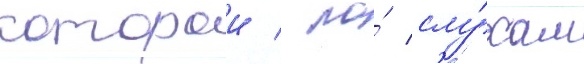
которои / по́ слу́хам